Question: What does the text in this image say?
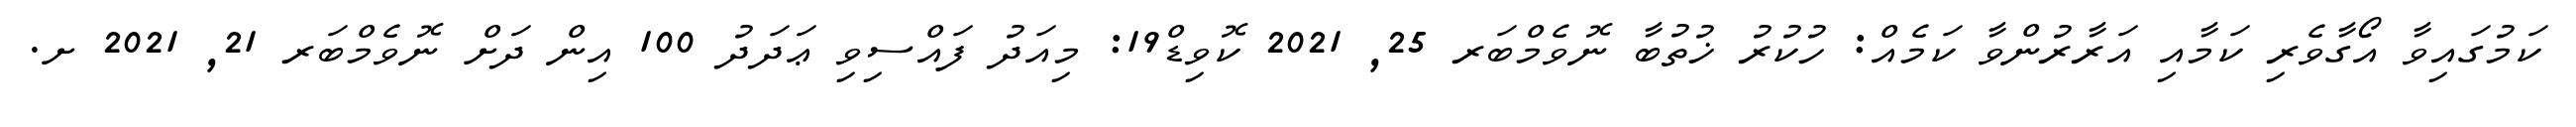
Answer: ކަމުގައިވާ އޯގާވެރި ކަމާއި އަރާރުންވާ ކަމެއް: ހުކުރު ޚުތުބާ ނޮވެމްބަރ 25, 2021 ކޮވިޑް19: މިއަދު ފައްސިވި ޢަދަދު 100 އިން ދަށް ނޮވެމްބަރ 21, 2021 ށ.